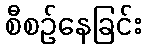
စီစဉ်နေခြင်း